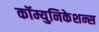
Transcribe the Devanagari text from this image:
कॉम्युनिकेशन्स